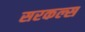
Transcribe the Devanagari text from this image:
सरकल्स